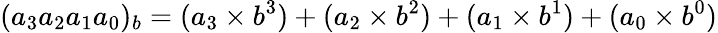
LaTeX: (a_{3}a_{2}a_{1}a_{0})_{b}=(a_{3}\times b^{3})+(a_{2}\times b^{2})+(a_{1}\times b^{1})+(a_{0}\times b^{0})